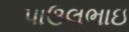
પાઉલભાઇ